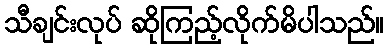
သီချင်းလုပ် ဆိုကြည့်လိုက်မိပါသည်။